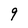
Character: 9